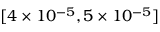
[ 4 \times 1 0 ^ { - 5 } , 5 \times 1 0 ^ { - 5 } ]